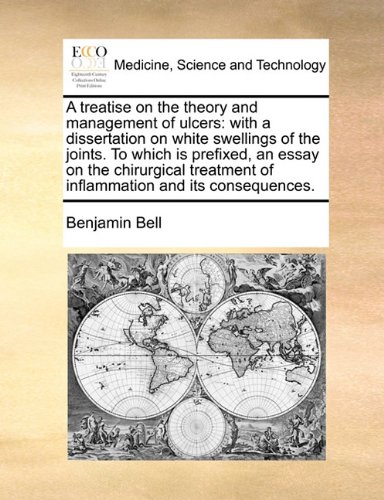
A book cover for A treatise on the theory and management of ulcers: with a dissertation on white swellings of the joints. To which is prefixed, an essay on the ... of inflammation and its consequences.; Benjamin Bell; Health, Fitness & Dieting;